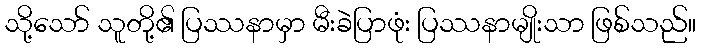
သို့သော် သူတို့၏ ပြဿနာမှာ မီးခဲပြာဖုံး ပြဿနာမျိုးသာ ဖြစ်သည်။